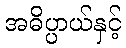
အဓိပ္ပာယ်နှင့်